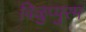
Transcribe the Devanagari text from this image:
विळुप्पुरम